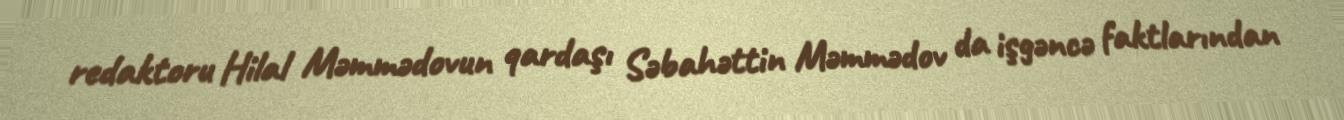
redaktoru Hilal Məmmədovun qardaşı Səbahəttin Məmmədov da işgəncə faktlarından